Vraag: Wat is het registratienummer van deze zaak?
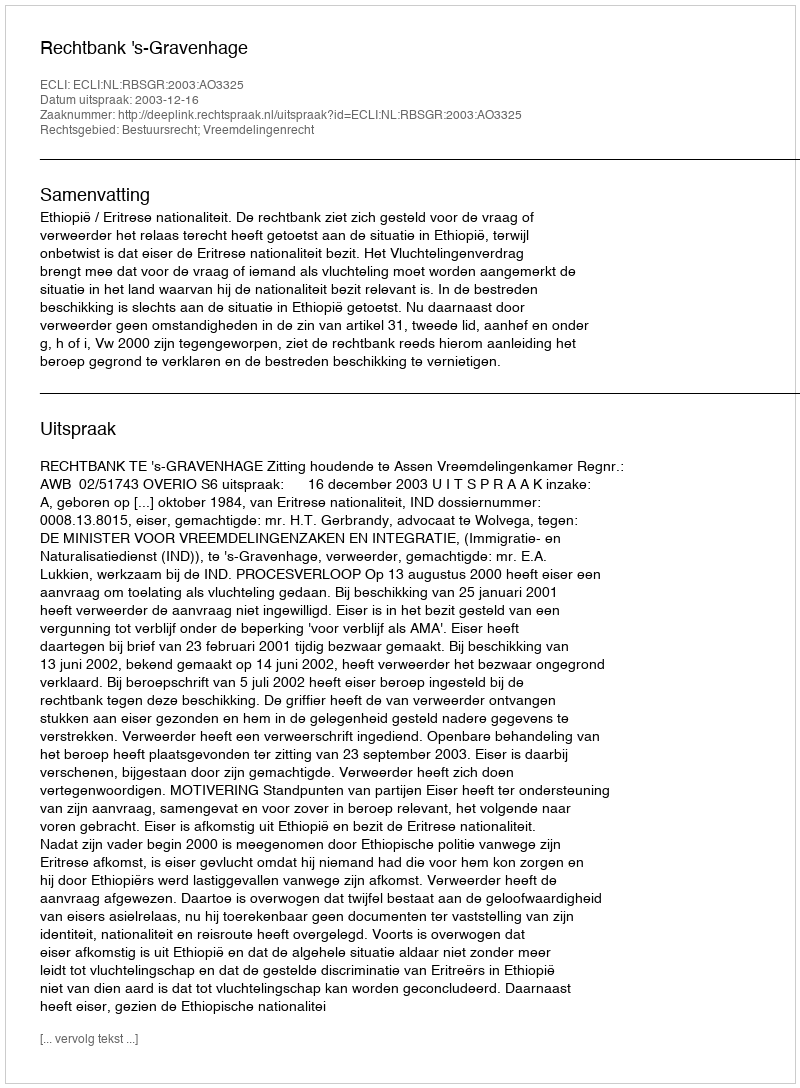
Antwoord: http://deeplink.rechtspraak.nl/uitspraak?id=ECLI:NL:RBSGR:2003:AO3325